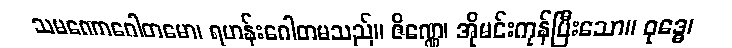
သမဏောဂေါတမော၊ ရဟန်းဂေါတမသည်။ ဇိဏ္ဏေ၊ အိုမင်းကုန်ပြီးသော။ ဝုဒ္ဓေ၊